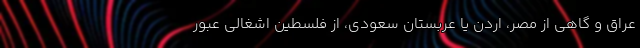
عراق و گاهی از مصر، اردن یا عربستان سعودی، از فلسطین اشغالی عبور